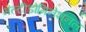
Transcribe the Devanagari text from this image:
मल्टीडोमिनेशनल